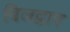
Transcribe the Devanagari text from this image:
बिलद्वार